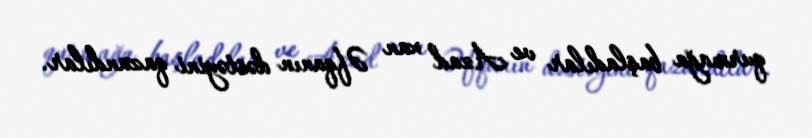
qurmağa başladılar ve Azad xan Əfqanın dəstəyini qazandılar.